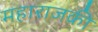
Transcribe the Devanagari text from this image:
महाराजकी